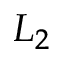
L _ { 2 }